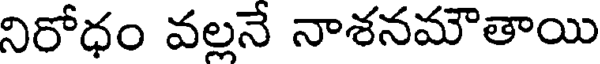
నిరోధం వల్లనే నాశనమౌతాయి